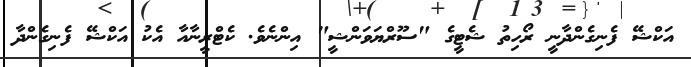
އަކްޝޭ ފެނިގެންދާނީ ރޯހިތު ޝެޓީގެ "ސޫރްޔަވަންޝީ" އިންނެވެ. ކެޓްރީނާއާ އެކު އަކްޝޭ ފެނިގެންދާ